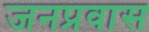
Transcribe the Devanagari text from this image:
जनप्रवास